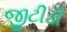
જીટીડી